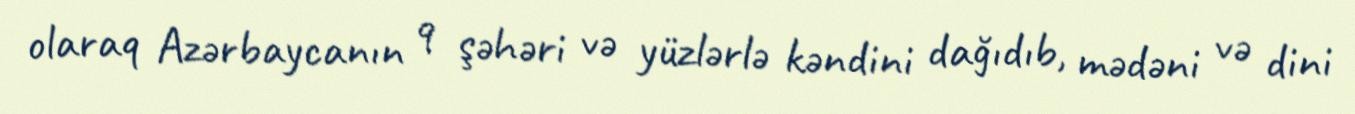
olaraq Azərbaycanın 9 şəhəri və yüzlərlə kəndini dağıdıb, mədəni və dini